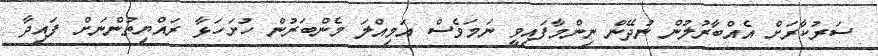
ސަރުކާރަށް އެއްބާރުލުން ނުދޭން ނިންމާފައިވީ ނަމަވެސް އަމިއްލަ މެންބަރުން ހުށަހަޅާ ރައްޔިތުންނަށް ފައިދާ